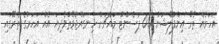
އަހަރެއް ތެރޭ އިންފްލޭޝަން 0.91 ޕަސެންޓް މައްޗަށް ހިނގައްޖެވޭތުވެދިޔަ އެއް އަހަރުގެ ތެރޭގައި